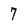
Character: 7